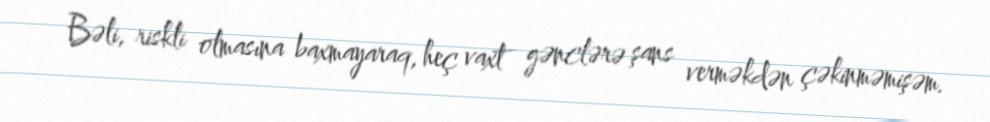
Bəli, riskli olmasına baxmayaraq, heç vaxt gənclərə şans verməkdən çəkinməmişəm.